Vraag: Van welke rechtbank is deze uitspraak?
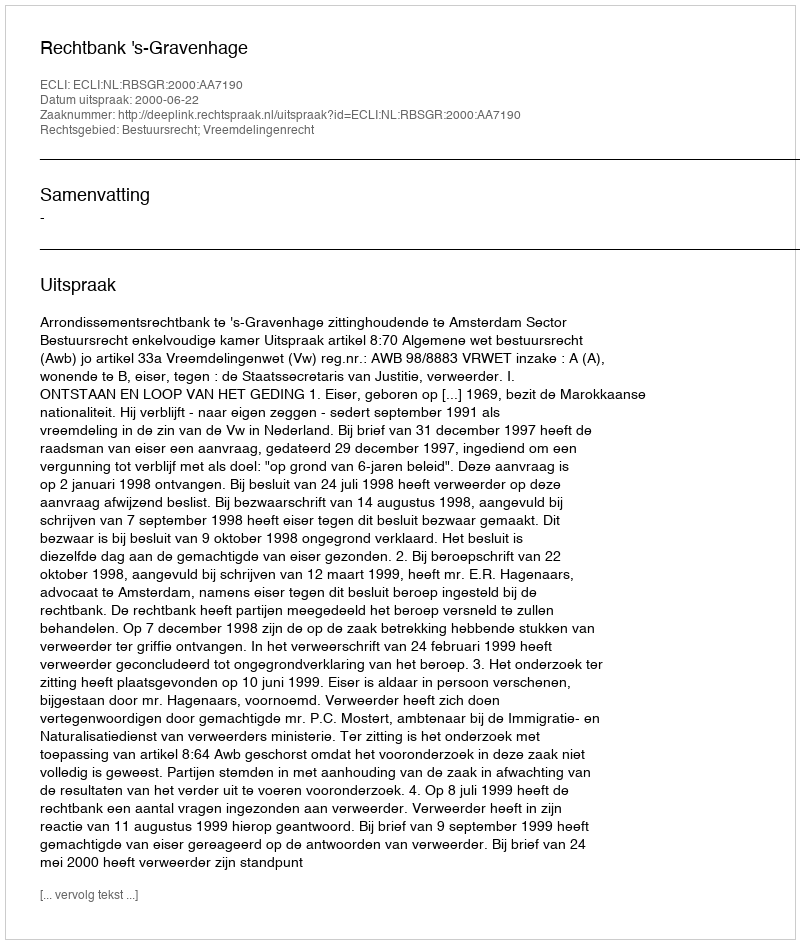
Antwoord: Rechtbank 's-Gravenhage